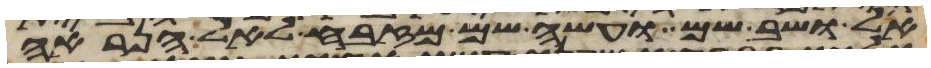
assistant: אל ושב שם ועשה שם מזבח לאל הנראה